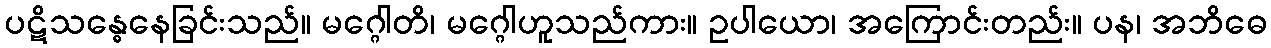
ပဋိသန္ဓေနေခြင်းသည်။ မဂ္ဂေါတိ၊ မဂ္ဂေါဟူသည်ကား။ ဥပါယော၊ အကြောင်းတည်း။ ပန၊ အဘိဓေ